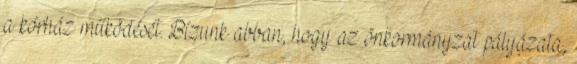
a kórház működését. Bízunk abban, hogy az önkormányzat pályázata,